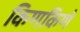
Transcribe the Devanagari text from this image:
किणकिणे